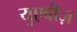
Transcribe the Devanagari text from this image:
युएवीज़